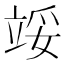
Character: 𬔞